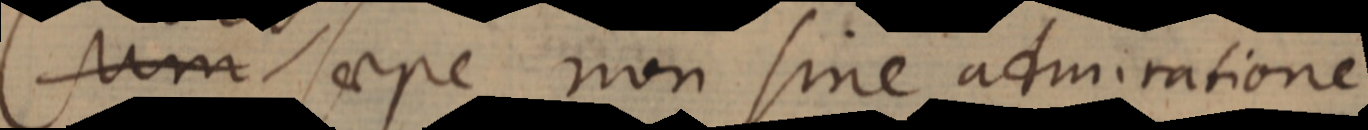
Cum saepe non sine admiratione